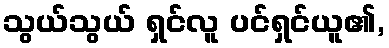
သွယ်သွယ် ရှင်လူ ပင်ရှင်ယူ၏,